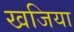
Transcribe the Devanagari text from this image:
खजिया